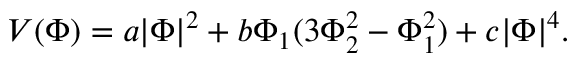
V ( \Phi ) = a | \Phi | ^ { 2 } + b \Phi _ { 1 } ( 3 \Phi _ { 2 } ^ { 2 } - \Phi _ { 1 } ^ { 2 } ) + c | \Phi | ^ { 4 } .